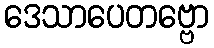
ဒေသာပေတဗ္ဗော